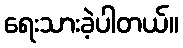
ရေးသားခဲ့ပါတယ်။